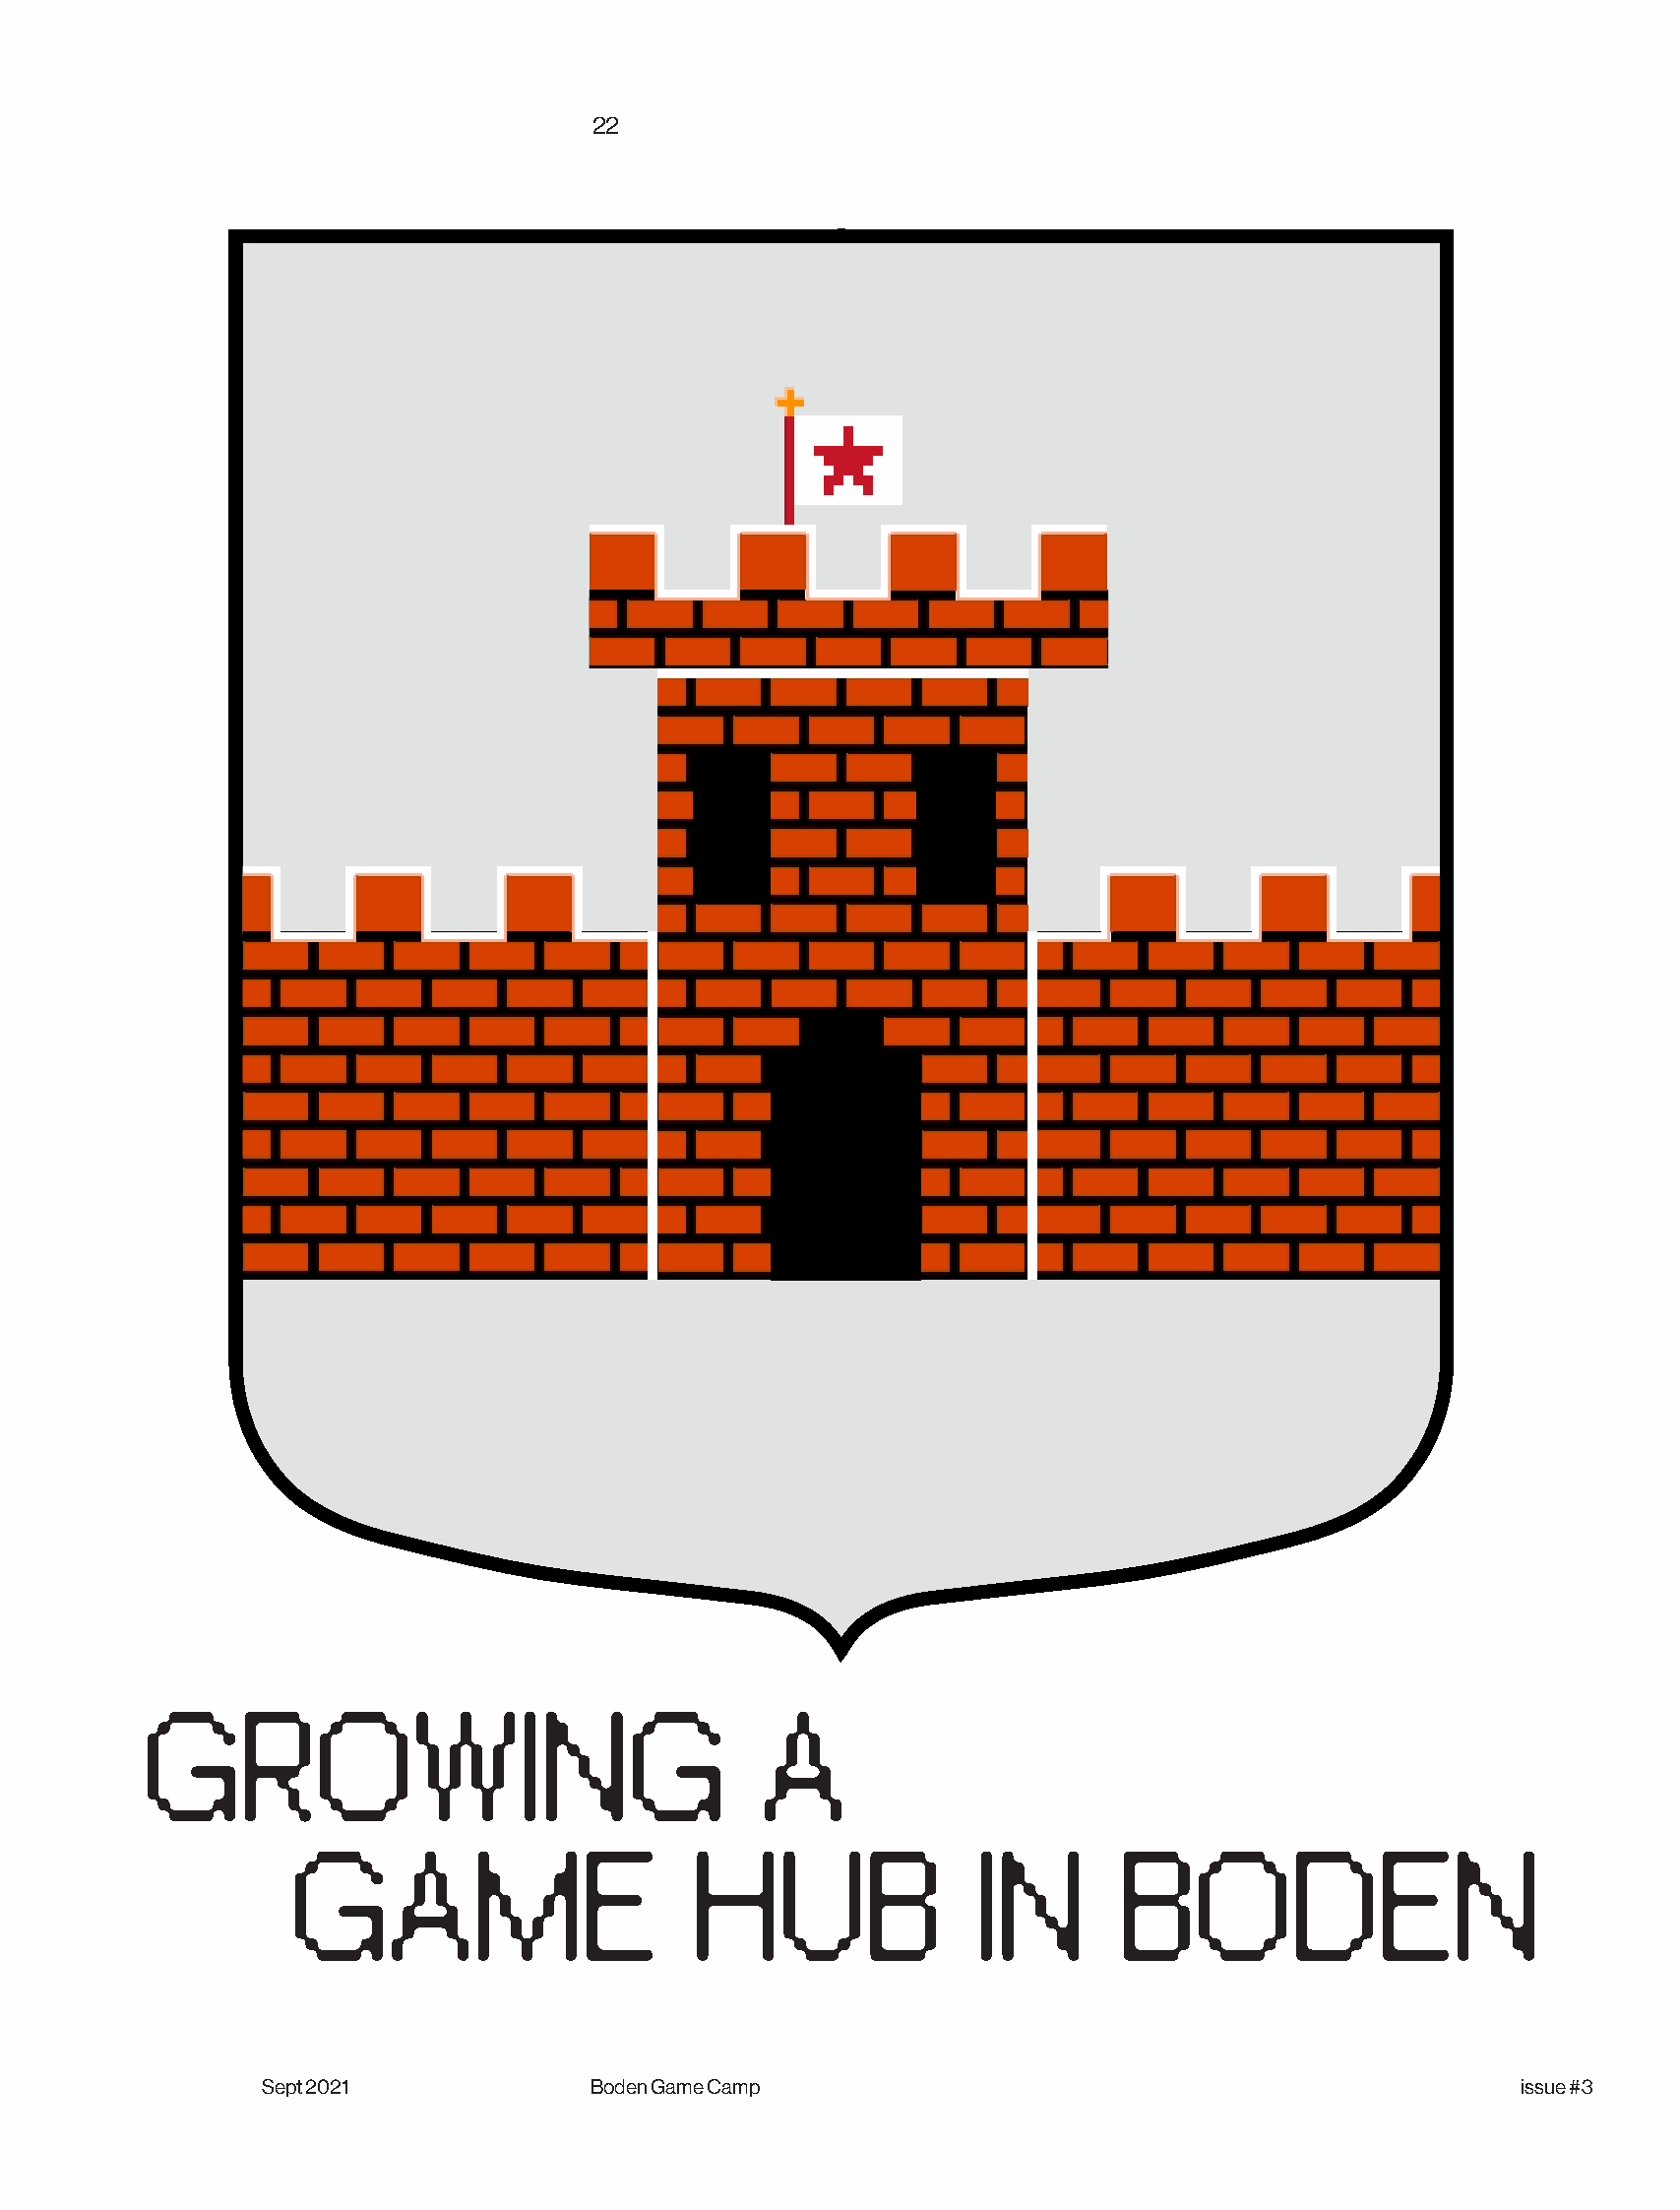
22
 GROWI                      NG            A
 GAME                       HUB                I N      BODEN
 Sept 2021             Boden Game Camp                                               issue #3